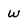
Character: W